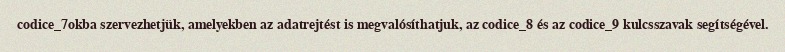
codice_7okba szervezhetjük, amelyekben az adatrejtést is megvalósíthatjuk, az codice_8 és az codice_9 kulcsszavak segítségével.